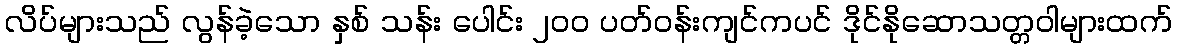
လိပ်များသည် လွန်ခဲ့သော နှစ် သန်း ပေါင်း ၂၀၀ ပတ်ဝန်းကျင်ကပင် ဒိုင်နိုဆောသတ္တဝါများထက်